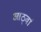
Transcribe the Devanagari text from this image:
आठ्वां